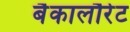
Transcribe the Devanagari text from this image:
बैकालौरेट